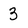
Character: 3